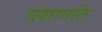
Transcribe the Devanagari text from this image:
वंशावलि